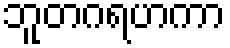
ဘူတဂရဟကာ